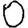
Digit: 0